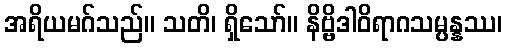
အရိယမဂ်သည်။ သတိ၊ ရှိသော်။ နိဗ္ဗိဒါဝိရာဂသမ္ပန္နဿ၊